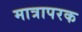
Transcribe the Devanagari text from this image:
मात्रापरक